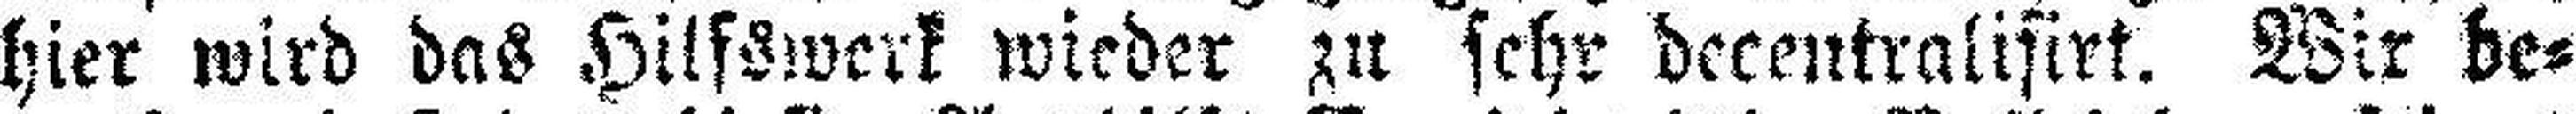
hier wird das Hilfswerk wieder zu sehr decentralisirt. Wir be¬